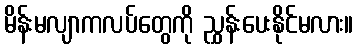
မိန်းမလျာကလပ်တွေကို ညွှန်းပေးနိုင်မလား။